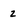
Character: 2